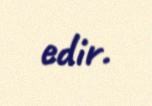
edir.